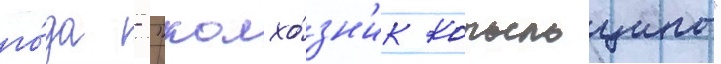
го́да - "колхо́зн'ик копыльщины"